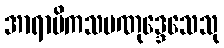
အာရာမိကသမဏုဒ္ဒေသေသု